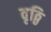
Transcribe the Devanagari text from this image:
वृठ्ठि